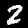
Label: 2